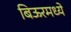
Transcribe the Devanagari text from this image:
बिऊरमध्ये